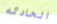
الحادثه